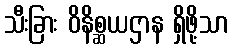
သီးခြား ဝိနိစ္ဆယဌာန ရှိဖို့သာ